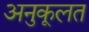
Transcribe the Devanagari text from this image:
अनुकूलत